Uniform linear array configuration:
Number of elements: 48
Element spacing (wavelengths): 0.25
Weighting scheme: exponential
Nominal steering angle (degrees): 30
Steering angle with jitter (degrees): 29.001
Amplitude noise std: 0.05
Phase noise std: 0.05

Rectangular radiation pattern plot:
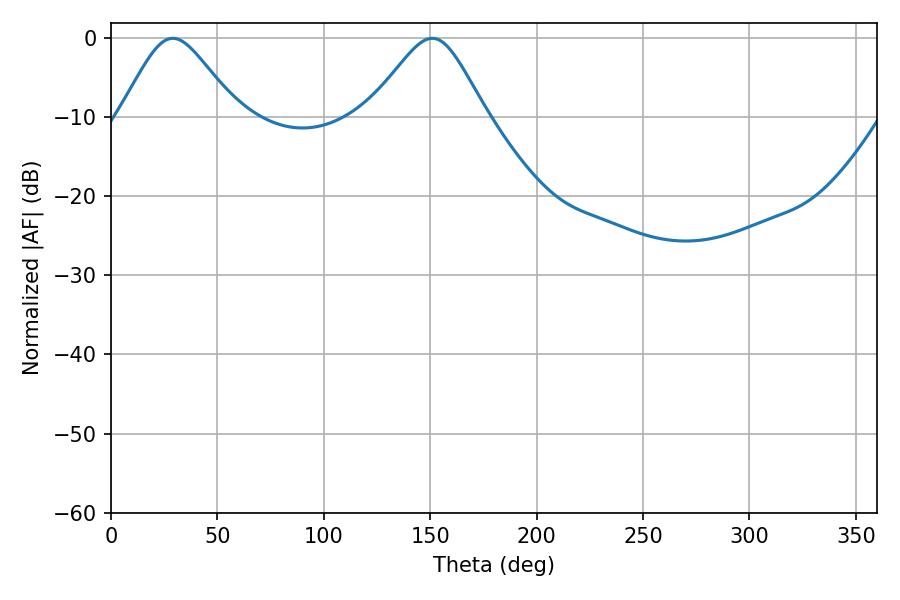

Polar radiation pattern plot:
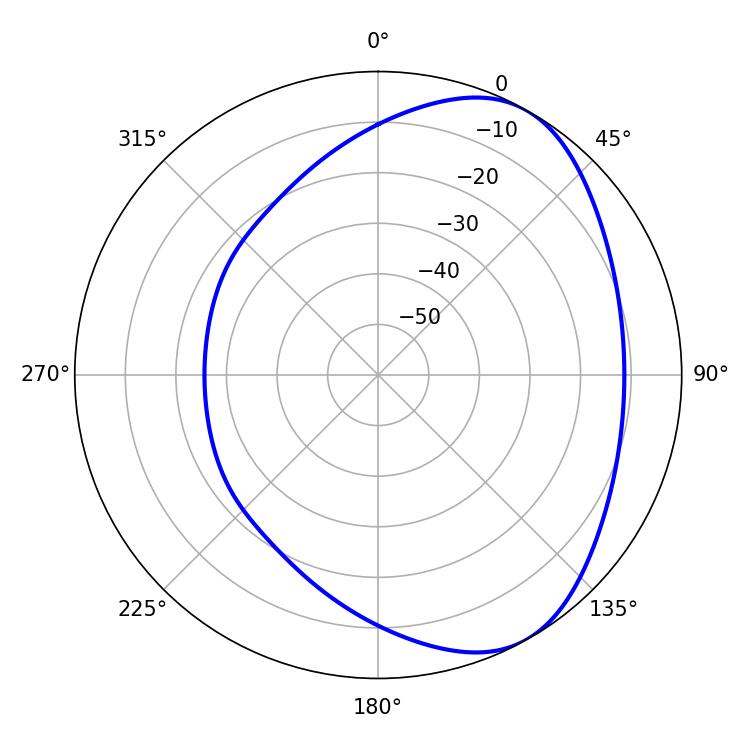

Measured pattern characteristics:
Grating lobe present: FALSE
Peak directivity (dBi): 5.169
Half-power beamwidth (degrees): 26.82
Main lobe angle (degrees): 28.98